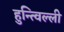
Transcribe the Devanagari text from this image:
हुन्त्विल्ली